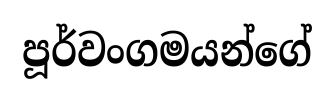
පූර්වංගමයන්ගේ